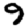
Digit: 9